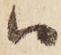
ハ